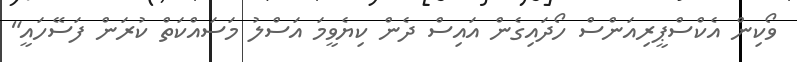
ވޯކިން އެކްސްޕީރިއަންސް ހޯދައިގެން އައިސް ދެން ކިޔެވީމަ އަސްލު މަސައްކަތް ކުރަން ފަސޭހައީ"